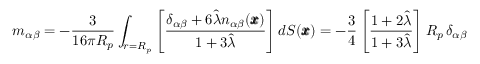
m _ { \alpha \beta } = - \frac { 3 } { 1 6 \pi R _ { p } } \int _ { r = R _ { p } } \left[ \frac { \delta _ { \alpha \beta } + 6 \hat { \lambda } n _ { \alpha \beta } ( \pmb x ) } { 1 + 3 \hat { \lambda } } \right] d S ( \pmb x ) = - \frac { 3 } { 4 } \left[ \frac { 1 + 2 \hat { \lambda } } { 1 + 3 \hat { \lambda } } \right] R _ { p } \, \delta _ { \alpha \beta }